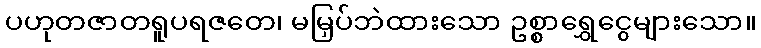
ပဟုတဇာတရူပရဇတေ၊ မမြှပ်ဘဲထားသော ဥစ္စာရွှေငွေများသော။